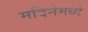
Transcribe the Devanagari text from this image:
मदिनेमध्ये